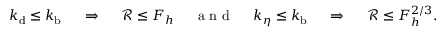
k _ { \mathrm { d } } \leq k _ { \mathrm { b } } ~ ~ ~ ~ \Rightarrow ~ ~ ~ ~ \mathcal { R } \leq F _ { h } ~ ~ ~ ~ \mathrm { ~ a ~ n ~ d ~ } ~ ~ ~ ~ k _ { \eta } \leq k _ { \mathrm { b } } ~ ~ ~ ~ \Rightarrow ~ ~ ~ ~ \mathcal { R } \leq F _ { h } ^ { 2 / 3 } .